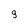
Character: 9